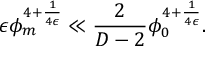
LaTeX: \epsilon \phi _ { m } ^ { 4 + { \frac { 1 } { 4 \epsilon } } } \ll { \frac { 2 } { D - 2 } } \phi _ { 0 } ^ { 4 + { \frac { 1 } { 4 \epsilon } } } .